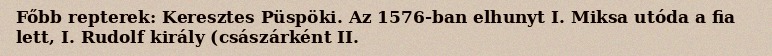
Főbb repterek: Keresztes Püspöki. Az 1576-ban elhunyt I. Miksa utóda a fia lett, I. Rudolf király (császárként II.